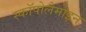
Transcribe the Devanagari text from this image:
स्कॉपोलैमाइन